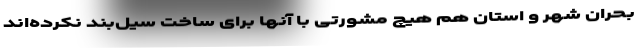
بحران شهر و استان هم هیچ مشورتی با آنها برای ساخت سیل‌بند نکرده‌اند